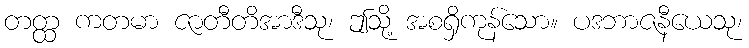
တတ္ထ ကတမာ ဇာတီတိအာဒီသု၊ ဤသို့ အစရှိကုန်သော။ ပဒဘာဇနီယေသု၊